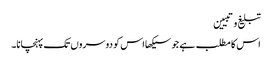
تبلیغ وتبیین
اس کا مطلب ہے جو سیکھا اس کو دوسروں تک پہنچانا۔